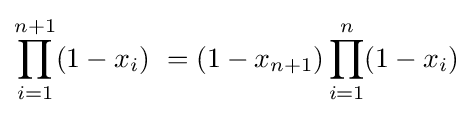
\prod _{i=1}^{n+1}(1-x_{i})\,\,=(1-x_{n+1})\prod _{i=1}^{n}(1-x_{i})